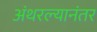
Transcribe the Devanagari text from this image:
अंथरल्यानंतर